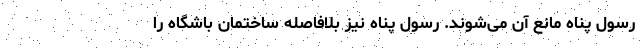
رسول پناه مانع آن می‌شوند. رسول پناه نیز بلافاصله ساختمان باشگاه را